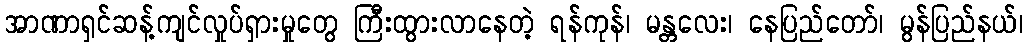
အာဏာရှင်ဆန့်ကျင်လှုပ်ရှားမှုတွေ ကြီးထွားလာနေတဲ့ ရန်ကုန်၊ မန္တလေး၊ နေပြည်တော်၊ မွန်ပြည်နယ်၊